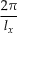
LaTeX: \frac { 2 \pi } { l _ { x } }